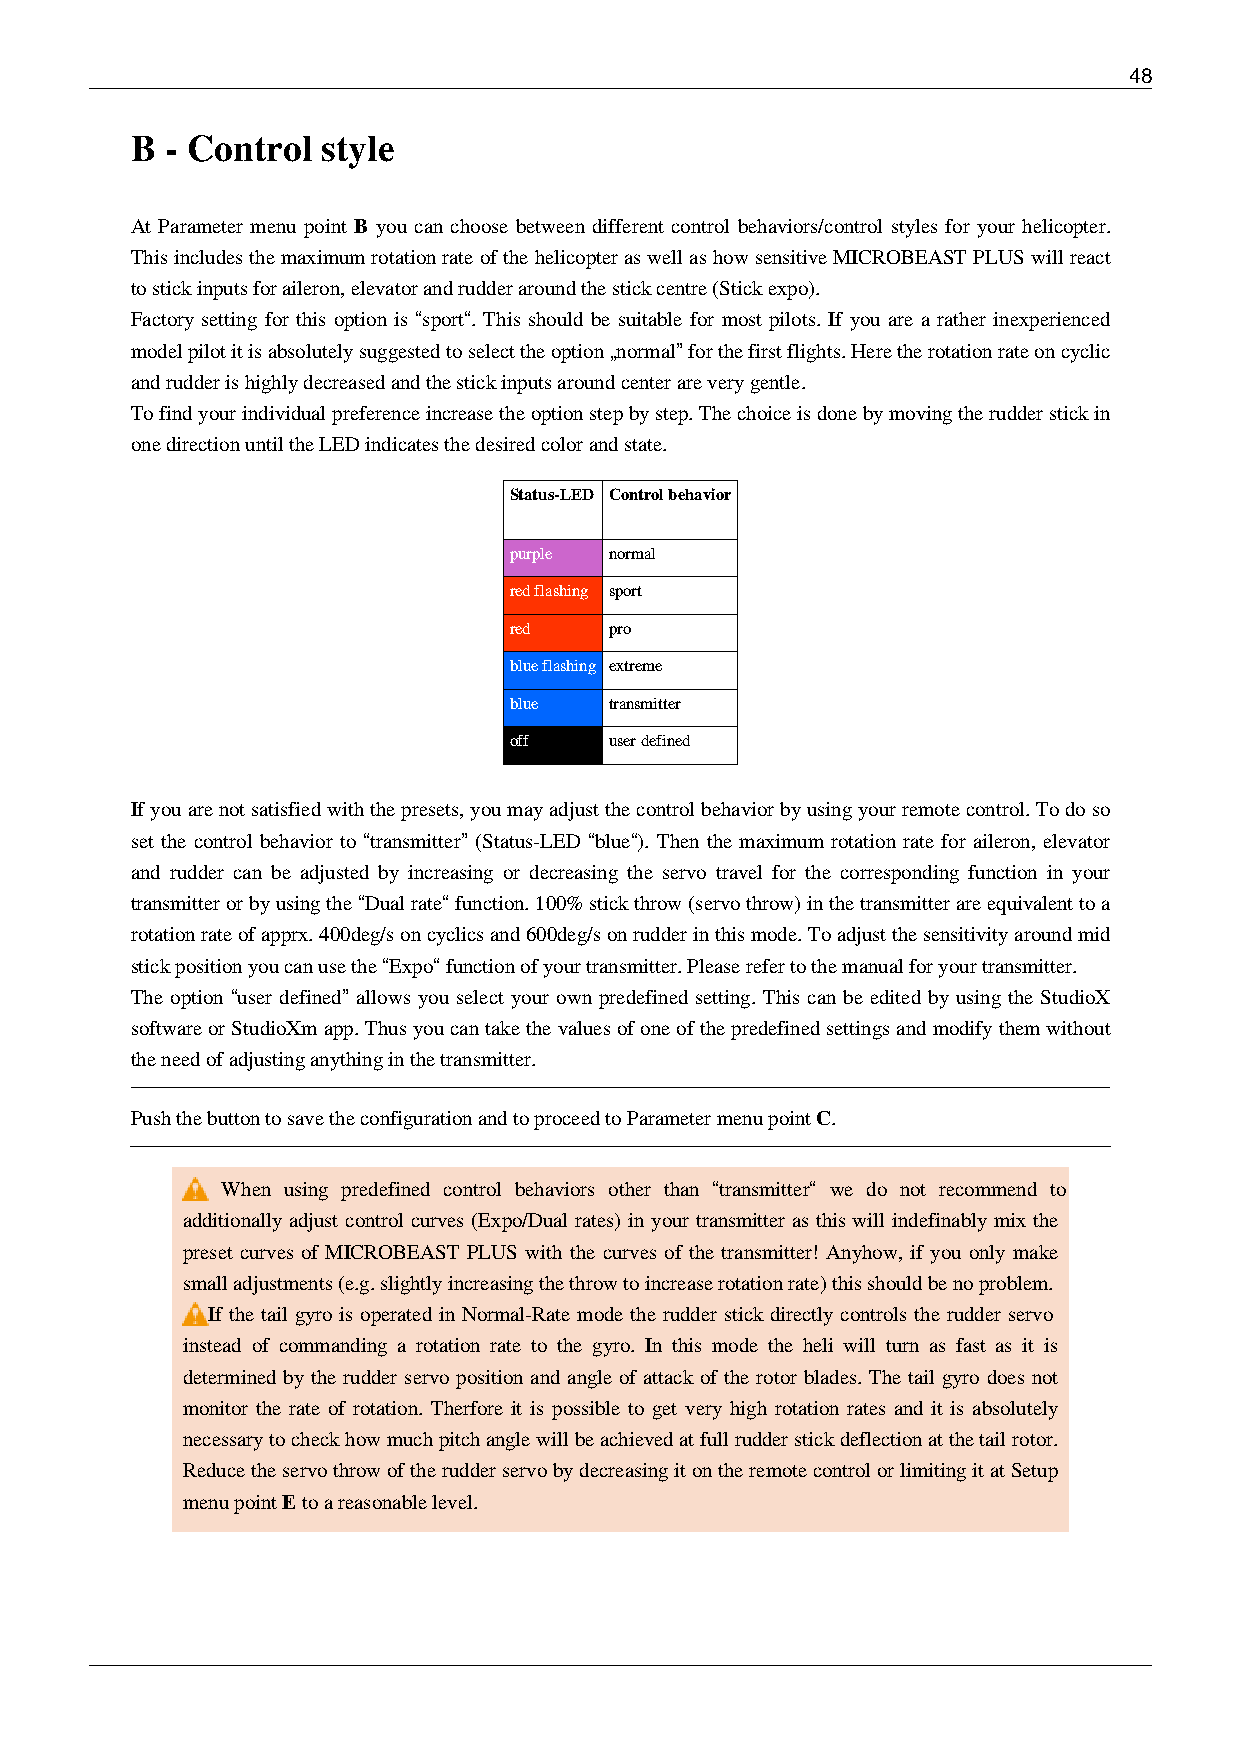
48
 B - Control style
 At Parameter menu point B you can choose between different control behaviors/control styles for your helicopter.
 This includes the maximum rotation rate of the helicopter as well as how sensitive MICROBEAST PLUS will react
 to stick inputs for aileron, elevator and rudder around the stick centre (Stick expo).
 Factory setting for this option is “sport“. This should be suitable for most pilots. If you are a rather inexperienced
 model pilot it is absolutely suggested to select the option „normal” for the first flights. Here the rotation rate on cyclic
 and rudder is highly decreased and the stick inputs around center are very gentle.
 To find your individual preference increase the option step by step. The choice is done by moving the rudder stick in
 one direction until the LED indicates the desired color and state.
 Status-LED Control behavior
 purple normal
 red flashing sport
 red   pro
 blue flashing extreme
 blue  transmitter
 off   user defined
 If you are not satisfied with the presets, you may adjust the control behavior by using your remote control. To do so
 set the control behavior to “transmitter” (Status-LED “blue“). Then the maximum rotation rate for aileron, elevator
 and rudder can be adjusted by increasing or decreasing the servo travel for the corresponding function in your
 transmitter or by using the “Dual rate“ function. 100% stick throw (servo throw) in the transmitter are equivalent to a
 rotation rate of apprx. 400deg/s on cyclics and 600deg/s on rudder in this mode. To adjust the sensitivity around mid
 stick position you can use the “Expo“ function of your transmitter. Please refer to the manual for your transmitter.
 The option “user defined” allows you select your own predefined setting. This can be edited by using the StudioX
 software or StudioXm app. Thus you can take the values of one of the predefined settings and modify them without
 the need of adjusting anything in the transmitter.
 Push the button to save the configuration and to proceed to Parameter menu point C.
 When using predefined control behaviors other than “transmitter“ we do not recommend to
 additionally adjust control curves (Expo/Dual rates) in your transmitter as this will indefinably mix the
 preset curves of MICROBEAST PLUS with the curves of the transmitter! Anyhow, if you only make
 small adjustments (e.g. slightly increasing the throw to increase rotation rate) this should be no problem.
 If the tail gyro is operated in Normal-Rate mode the rudder stick directly controls the rudder servo
 instead of commanding a rotation rate to the gyro. In this mode the heli will turn as fast as it is
 determined by the rudder servo position and angle of attack of the rotor blades. The tail gyro does not
 monitor the rate of rotation. Therfore it is possible to get very high rotation rates and it is absolutely
 necessary to check how much pitch angle will be achieved at full rudder stick deflection at the tail rotor.
 Reduce the servo throw of the rudder servo by decreasing it on the remote control or limiting it at Setup
 menu point E to a reasonable level.